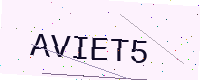
Text: AVIET5